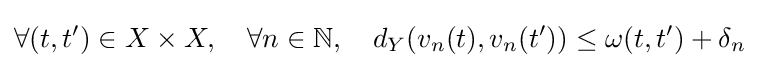
\forall (t,t')\in X\times X,\quad \forall n\in \mathbb {N} ,\quad d_{Y}(v_{n}(t),v_{n}(t'))\leq \omega (t,t')+\delta _{n}